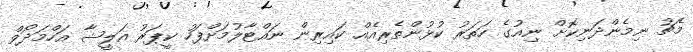
މެޗު ނިމެންދަނިކޮށް ނިއުގެ ހަތަރު ކުޅުންތެރިއެއް ކައިރިން ނައްޓާލުމަށްފަހު ކީޕަރު އަލީޝާ އަހްމަދޯވް